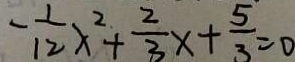
- \frac { 1 } { 1 2 } x ^ { 2 } + \frac { 2 } { 3 } x + \frac { 5 } { 3 } = 0